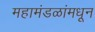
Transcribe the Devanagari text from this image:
महामंडळांमधून